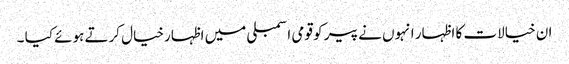
ان خیالات کا اظہار انہوں نے پیر کو قومی اسمبلی میں اظہارخیال کرتے ہوئے کیا ۔